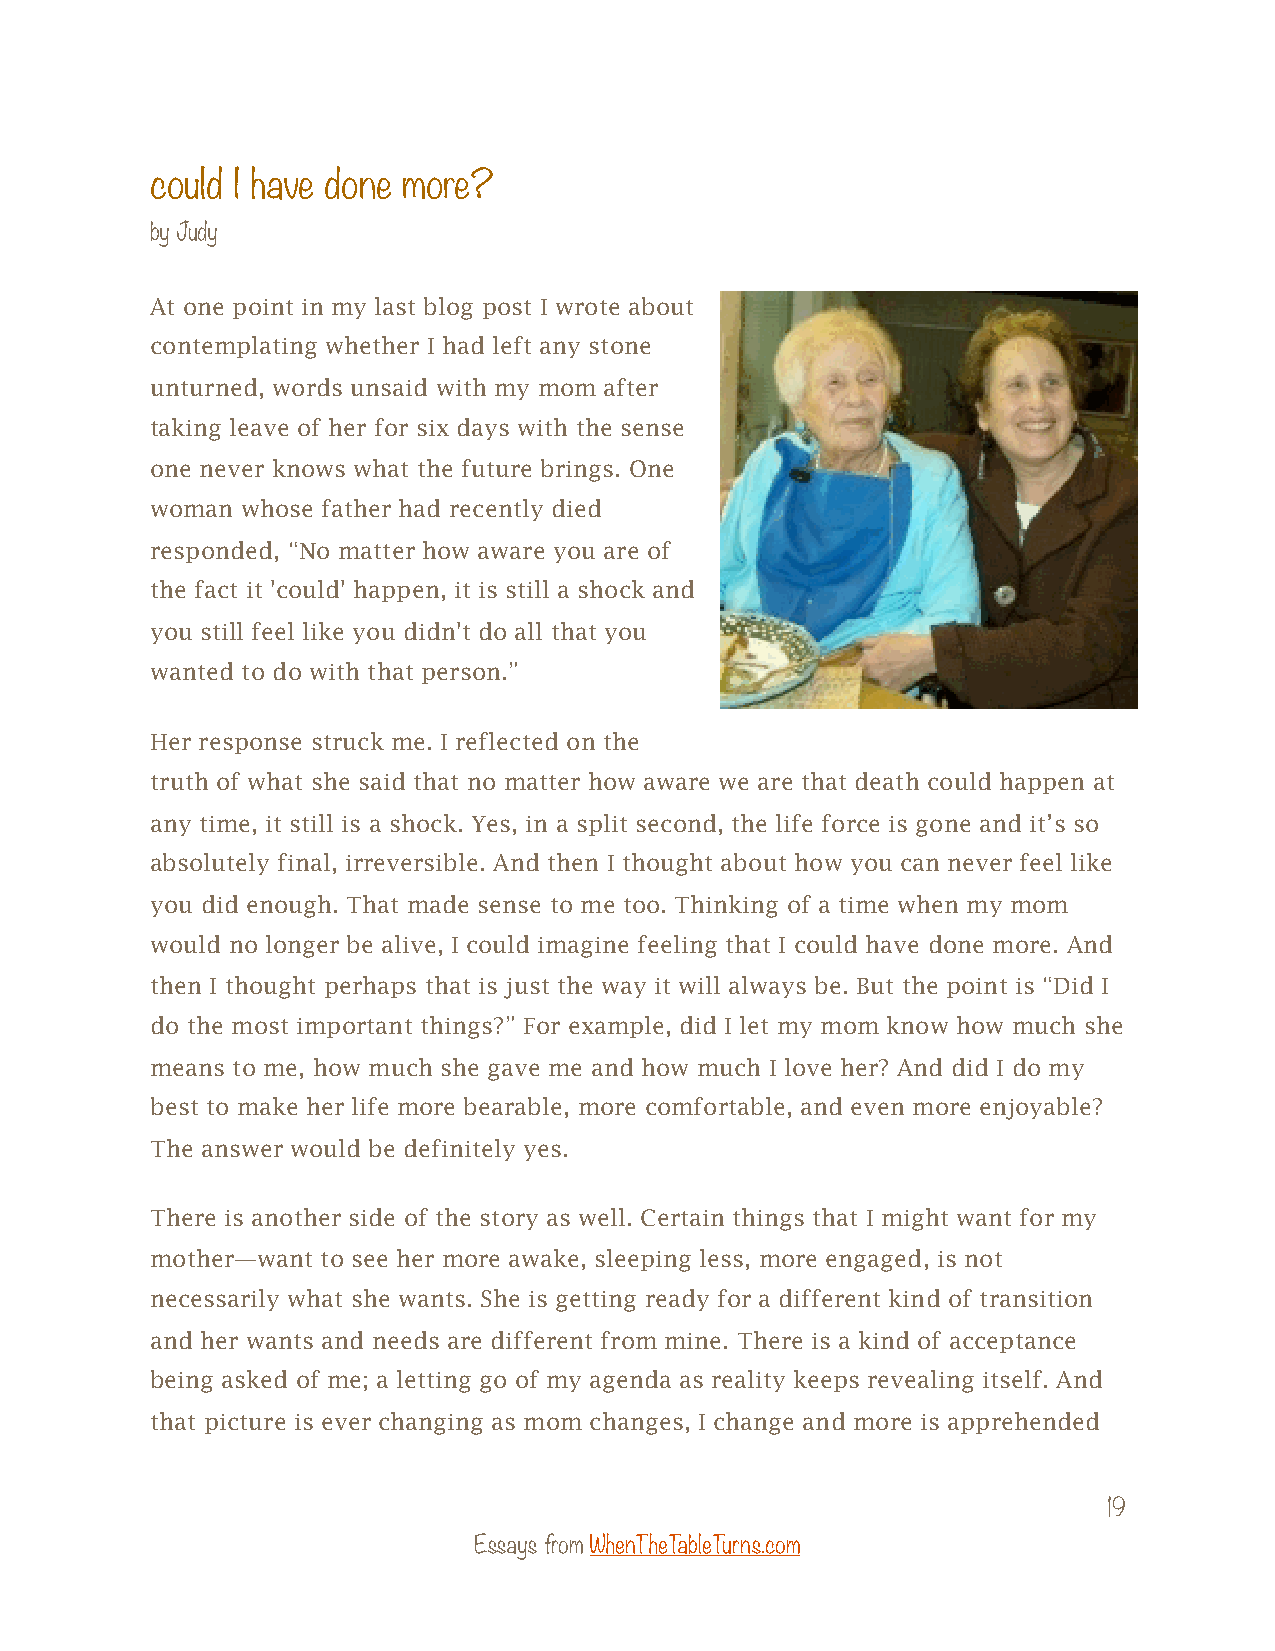
could I have done more?
 by Judy
 At one point in my last blog post I wrote about
 contemplating whether I had left any stone
 unturned, words unsaid with my mom after
 taking leave of her for six days with the sense
 one never knows what the future brings. One
 woman whose father had recently died
 responded, “No matter how aware you are of
 the fact it 'could' happen, it is still a shock and
 you still feel like you didn't do all that you
 wanted to do with that person.”
 Her response struck me. I reflected on the
 truth of what she said that no matter how aware we are that death could happen at
 any time, it still is a shock. Yes, in a split second, the life force is gone and it’s so
 absolutely final, irreversible. And then I thought about how you can never feel like
 you did enough. That made sense to me too. Thinking of a time when my mom
 would no longer be alive, I could imagine feeling that I could have done more. And
 then I thought perhaps that is just the way it will always be. But the point is “Did I
 do the most important things?” For example, did I let my mom know how much she
 means to me, how much she gave me and how much I love her? And did I do my
 best to make her life more bearable, more comfortable, and even more enjoyable?
 The answer would be definitely yes.
 There is another side of the story as well. Certain things that I might want for my
 mother—want to see her more awake, sleeping less, more engaged, is not
 necessarily what she wants. She is getting ready for a different kind of transition
 and her wants and needs are different from mine. There is a kind of acceptance
 being asked of me; a letting go of my agenda as reality keeps revealing itself. And
 that picture is ever changing as mom changes, I change and more is apprehended
 19
 Essays from WhenTheTableTurns.com